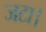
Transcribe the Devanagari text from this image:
जटा।